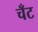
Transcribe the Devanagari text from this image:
चँट